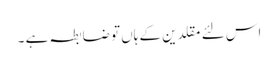
اس لئے مقلدین کے ہاں تو ضابطہ ہے ۔